Civil Veterinary Department Bengal reports 1923-33 - 1923-1933
Year: 1923
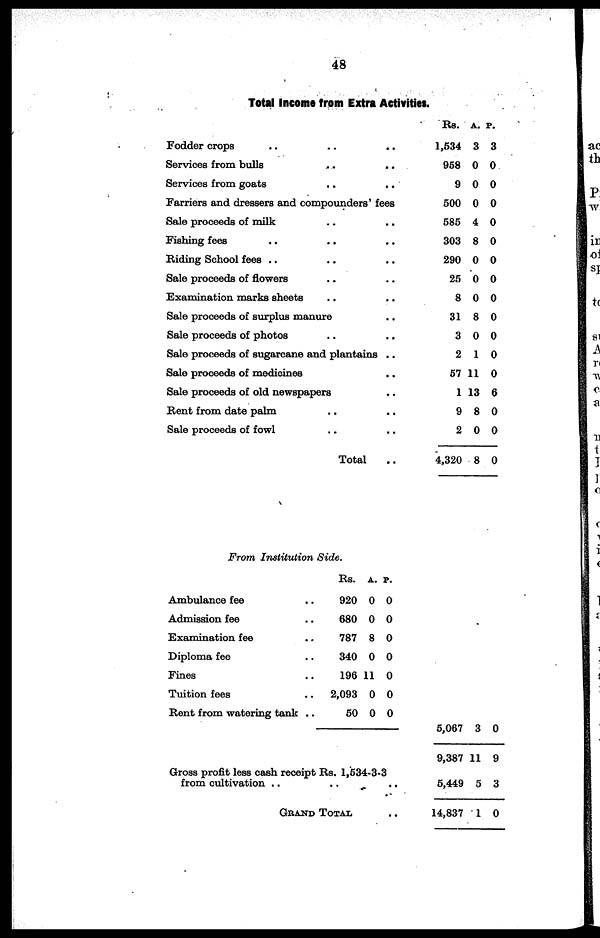
48
Total Income from Extra Activities.
Fodder crops .. .. ..
Services from bulls .. ..
Services from goats .. ..
Farriers and dressers and compounders' fees
Sale proceeds of milk .. ..
Fishing fees .. .. ..
Riding School fees .. .. ..
Sale proceeds of flowers .. ..
Examination marks sheets .. ..
Sale proceeds of surplus manure ..
Sale proceeds of photos .. ..
Sale proceeds of sugarcane and plantains ..
Sale proceeds of medicines ..
Sale proceeds of old newspapers ..
Rent from date palm .. ..
Sale proceeds of fowl .. ..
Total ..
Rs.
1,534
958
9
500
585
303
290
25
8
31
3
2
57
1
9
2
4,320
A.
3
0
0
0
4
8
0
0
0
8
0
1
11
13
8
0
8
p.
3
0
0
0
0
0
0
0
0
0
0
0
0
6
0
0
0
From Institution Side.
Ambulance fee ..
Admission fee ..
Examination fee ..
Diploma fee ..
Fines ..
Tuition fees ..
Rent from watering tank ..
Rs. A. p.
920 0 0
680 0 0
787 8 0
340 0 0
196 11 0
2,093 0 0
50 0 0
Gross profit less cash receipt Rs. 1,534-3-3
from cultivation .. .. ..
GRAND TOTAL ..
5,067 3 0
9,387 11 9
5,449 5 3
14,837 1 0